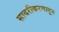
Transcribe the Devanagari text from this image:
सादरीकरणातून